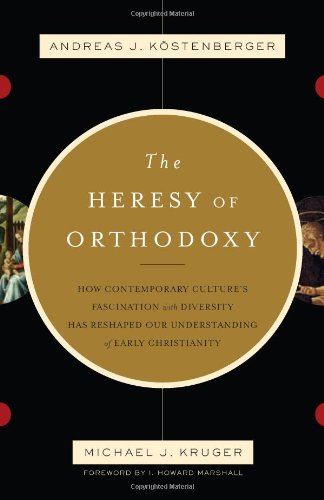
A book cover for The Heresy of Orthodoxy: How Contemporary Culture's Fascination with Diversity Has Reshaped Our Understanding of Early Christianity; Andreas J. KÃ¶stenberger; Christian Books & Bibles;